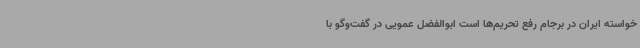
خواسته ایران در برجام رفع تحریم‌ها است ابوالفضل عمویی در گفت‌وگو با